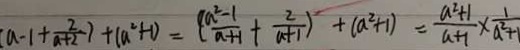
( a - 1 + \frac { 2 } { a + 2 } ) + ( a ^ { 2 } + 1 ) = ( \frac { a ^ { 2 } - 1 } { a + 1 } + \frac { 2 } { a + 1 } ) + ( a ^ { 2 } + 1 ) = \frac { a ^ { 2 } + 1 } { ( a + 1 ) } \times \frac { 1 } { a ^ { 2 } + 1 }